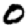
Digit: 0